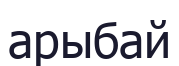
арыбай